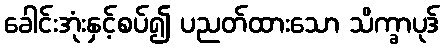
ခေါင်းအုံးနှင့်စပ်၍ ပညတ်ထားသော သိက္ခာပုဒ်